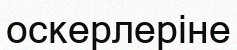
оскерлеріне